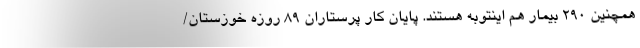
همچنین ۲۹۰ بیمار هم اینتوبه هستند. پایان کار پرستاران ۸۹ روزه خوزستان/